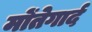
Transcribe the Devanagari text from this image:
मोंतेगार्द